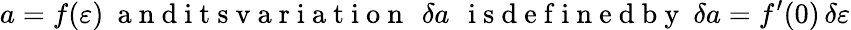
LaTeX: a=f(\varepsilon)\ \mathrm{~a~n~d~i~t~s~v~a~r~i~a~t~i~o~n~}\, \ \delta a\, \ \mathrm{~i~s~d~e~f~i~n~e~d~b~y~}\ \delta a=f^{\prime}(0)\, \delta\varepsilon